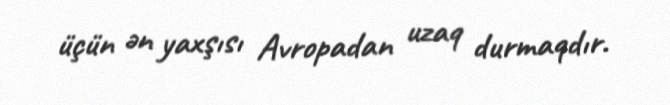
üçün ən yaxşısı Avropadan uzaq durmaqdır.